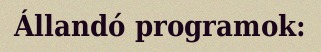
Állandó programok: